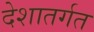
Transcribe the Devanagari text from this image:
देशातर्गत